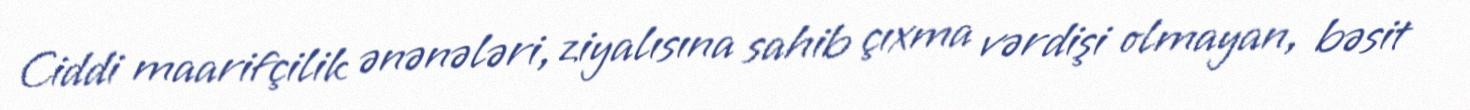
Ciddi maarifçilik ənənələri, ziyalısına sahib çıxma vərdişi olmayan, bəsit